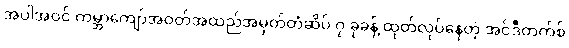
အပါအဝင် ကမ္ဘာကျော်အဝတ်အထည်အမှတ်တံဆိပ် ၇ ခုခန့် ထုတ်လုပ်နေတဲ့ အင်ဒီတက်စ်